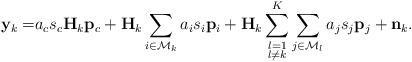
LaTeX: \begin{align*}\mathbf{y}_k=&a_c s_c \mathbf{H}_k\mathbf{p}_c+ \mathbf{H}_k\sum_{i\in \mathcal{M}_k}a_i s_i\mathbf{p}_i+\mathbf{H}_k\sum\limits_{\substack{l=1\\l \neq k}}^{K}\sum\limits_{j\in \mathcal{M}_l}a_j s_j\mathbf{p}_j+ \mathbf{n}_k.\end{align*}